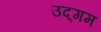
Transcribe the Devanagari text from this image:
उद्‌गम